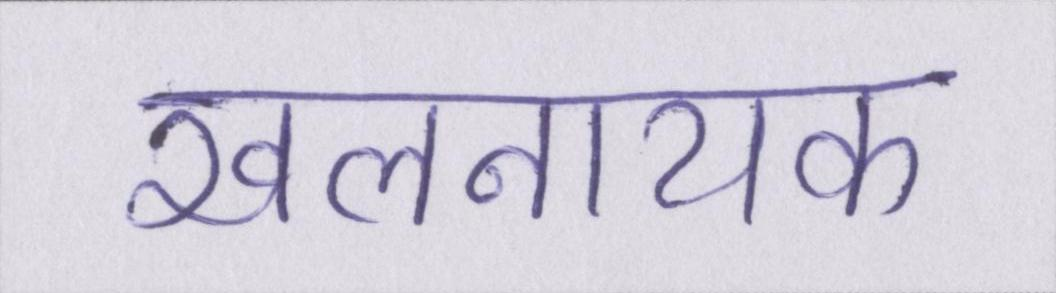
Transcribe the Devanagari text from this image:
खलनायक